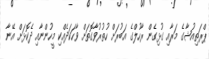
ޕްރަތިއުޝާގެ މަރާއި ގުޅިގެން ރާހުލްގެ އަބުރަށް ހުތުރުވާގޮތަށް ވާހަކަދެއްކި މީހުންނާއި ދެކޮޅަށް އޭނާ